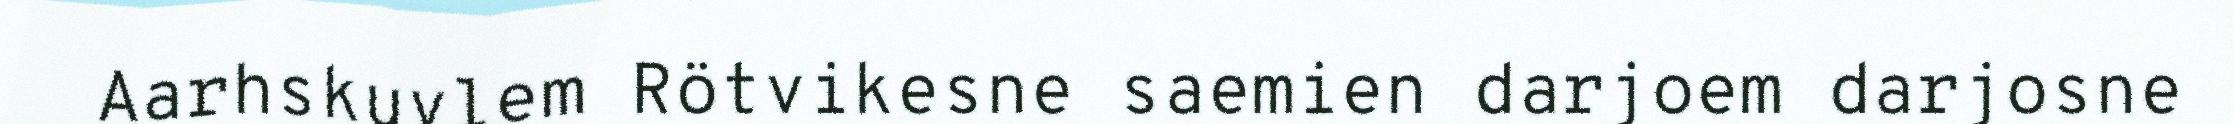
Aarhskuvlem Rötvikesne saemien darjoem darjosne